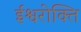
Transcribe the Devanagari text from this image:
ईश्वरोक्ति